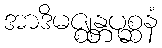
အာဒိမဇ္ဈန္တပုစ္ဆနံ